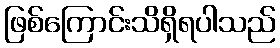
ဖြစ်ကြောင်းသိရှိရပါသည်